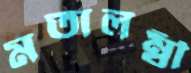
মতালম্বী